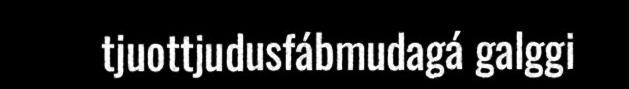
tjuottjudusfábmudagá galggi